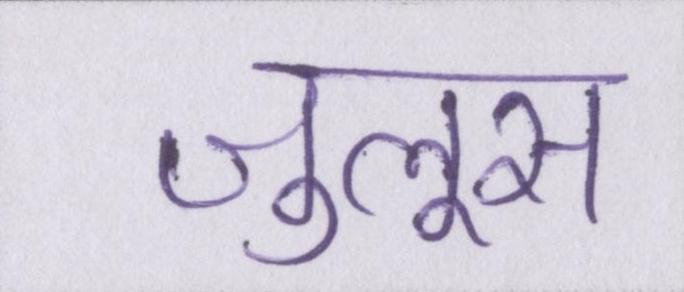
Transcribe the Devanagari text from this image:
जुलूस